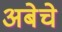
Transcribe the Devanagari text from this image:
अबेचे